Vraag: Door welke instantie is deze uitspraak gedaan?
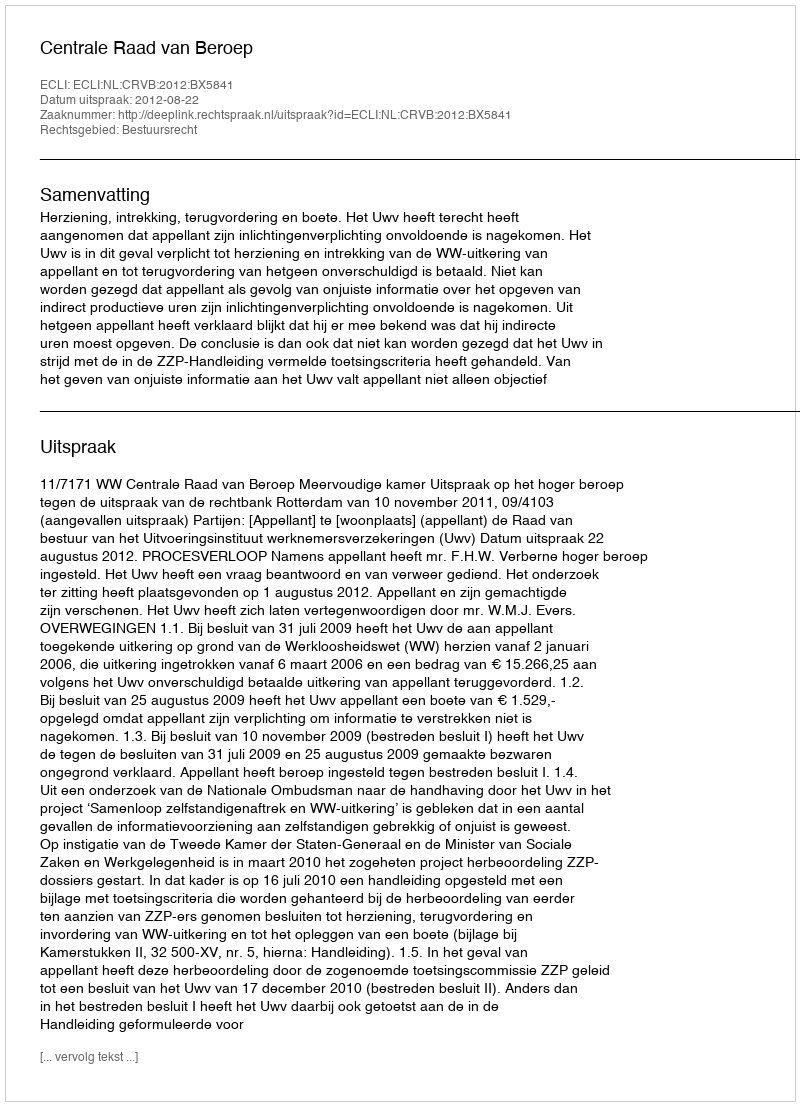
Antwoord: Centrale Raad van Beroep